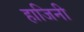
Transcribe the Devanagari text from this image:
हाजिनी